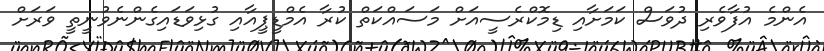
އެންމެ އުފާވެރި ދުވަސް ކަމަށާއި ޑިމޮކްރެސީއަށް މަސައްކަތް ކުރާ އެމްޑީޕީއާއި ގުޅިވަޑައިގެންނެވުނީތީ ވަރަށް